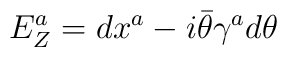
E^a_Z=dx^a-i\bar\theta\gamma^a d\theta